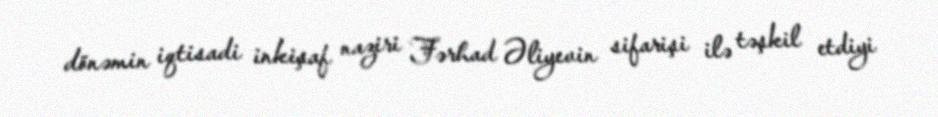
dönəmin iqtisadi inkişaf naziri Fərhad Əliyevin sifarişi ilə təşkil etdiyi